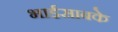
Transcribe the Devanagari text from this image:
भाईसाबके